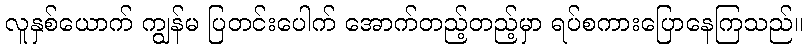
လူနှစ်ယောက် ကျွန်မ ပြတင်းပေါက် အောက်တည့်တည့်မှာ ရပ်စကားပြောနေကြသည်။